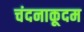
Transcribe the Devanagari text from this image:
चंदनाकूदम